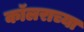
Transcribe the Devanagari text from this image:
कॉलराच्या